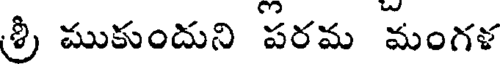
శ్రీ ముకుందుని పరమ మంగళ